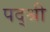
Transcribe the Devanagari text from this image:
पद्श्री